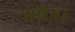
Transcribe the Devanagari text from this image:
फ़ौज।